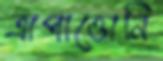
ত্রাপাত্তোনি